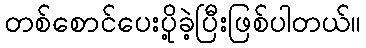
တစ်စောင်ပေးပို့ခဲ့ပြီးဖြစ်ပါတယ်။